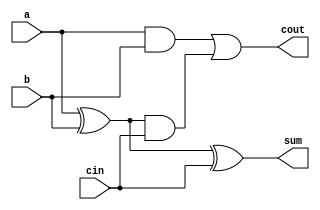
//1-bit adder:
module full_adder(a, b, cin, sum, cout);
	input a, b, cin;
	output sum, cout;
	wire w1, w2, w3;
	xor g1(sum, a, b, cin);
	xor g2(w1, a, b);
	and g3(w2, a, b);
	and g4(w3, w1, cin);
	or g5(cout, w2, w3);
endmodule